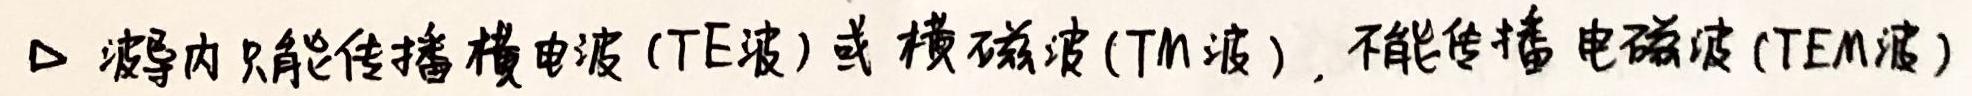
$\triangleright$ 波导内只能传播横电波 (TE波) 或横磁波 (TM波)，不能传播电磁波 (TEM波)